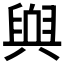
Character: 𮍬